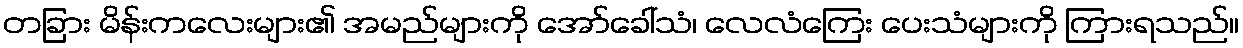
တခြား မိန်းကလေးများ၏ အမည်များကို အော်ခေါ်သံ၊ လေလံကြေး ပေးသံများကို ကြားရသည်။